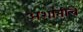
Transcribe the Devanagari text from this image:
अशांतीचे